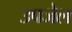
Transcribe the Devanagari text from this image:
उपजेल